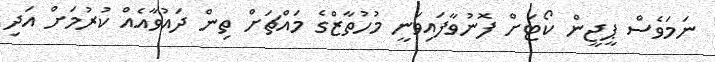
ނަމަވެސް ޕީޖީން ކޯޓަށް ފޮނުވާފައިވަނީ މުހުތާޒްގެ މައްޗަށް ތިން ދައުވާއެއް ކުރުމަށް އަދި